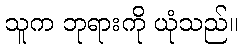
သူက ဘုရားကို ယုံသည်။